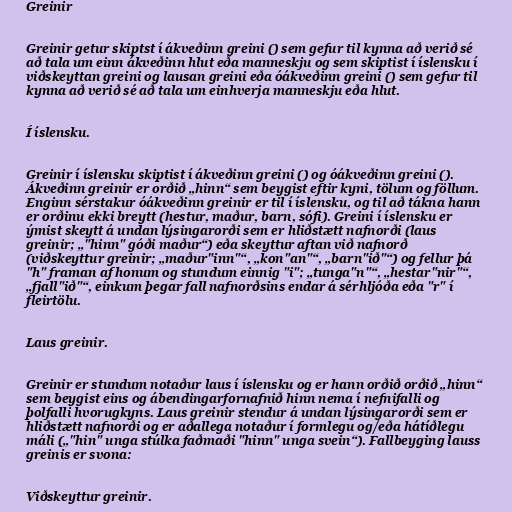
Greinir

Greinir getur skiptst í ákveðinn greini () sem gefur til kynna að verið sé
að tala um einn ákveðinn hlut eða manneskju og sem skiptist í íslensku í
viðskeyttan greini og lausan greini eða óákveðinn greini () sem gefur til
kynna að verið sé að tala um einhverja manneskju eða hlut.

Í íslensku.

Greinir í íslensku skiptist í ákveðinn greini () og óákveðinn greini ().
Ákveðinn greinir er orðið „hinn“ sem beygist eftir kyni, tölum og föllum.
Enginn sérstakur óákveðinn greinir er til í íslensku, og til að tákna hann
er orðinu ekki breytt (hestur, maður, barn, sófi). Greini í íslensku er
ýmist skeytt á undan lýsingarorði sem er hliðstætt nafnorði (laus
greinir; „"hinn" góði maður“) eða skeyttur aftan við nafnorð
(viðskeyttur greinir; „maður"inn"“, „kon"an"“, „barn"ið"“) og fellur þá
"h" framan af honum og stundum einnig "i"; „tunga"n"“, „hestar"nir"“,
„fjall"ið"“, einkum þegar fall nafnorðsins endar á sérhljóða eða "r" í
fleirtölu.

Laus greinir.

Greinir er stundum notaður laus í íslensku og er hann orðið orðið „hinn“
sem beygist eins og ábendingarfornafnið hinn nema í nefnifalli og
þolfalli hvorugkyns. Laus greinir stendur á undan lýsingarorði sem er
hliðstætt nafnorði og er aðallega notaður í formlegu og/eða hátíðlegu
máli („"hin" unga stúlka faðmaði "hinn" unga svein“). Fallbeyging lauss
greinis er svona:

Viðskeyttur greinir.